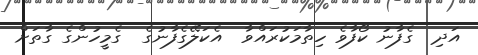
އަދި  ގެފާނު ކޯފާވެ ހިތާމަކުރައްވާ  އެކަލޭގެފާނުގެ  ގެމީހުންގެ ގާތަށް